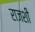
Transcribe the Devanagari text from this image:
राजशी